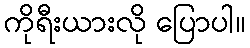
ကိုရီးယားလို ပြောပါ။